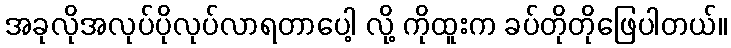
အခုလိုအလုပ်ပိုလုပ်လာရတာပေါ့ လို့ ကိုထူးက ခပ်တိုတိုဖြေပါတယ်။